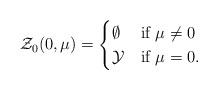
LaTeX: \begin{align*}\mathcal{Z}_0(0, \mu) =\begin{cases} \emptyset & \hbox{{\rm if }} \mu\neq 0 \\ \mathcal{Y} & \hbox{{\rm if }} \mu=0.\end{cases}\end{align*}